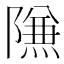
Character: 𱀶